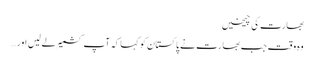
بھارت کی چیخیں
وہ وقت جب بھارت نے پاکستان کو کہا کہ آپ کشمیر لے لیں اور…